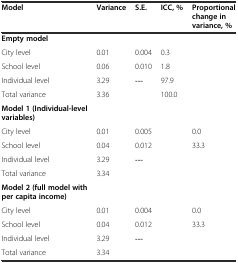
<table><thead><tr><td><b>Model</b></td><td><b>Variance</b></td><td><b>S.E.</b></td><td><b>ICC, %</b></td><td><b>Proportional change in variance, %</b></td></tr></thead><tbody><tr><td><b>Empty model</b></td><td></td><td></td><td></td><td></td></tr><tr><td>City level</td><td>0.01</td><td>0.004</td><td>0.3</td><td></td></tr><tr><td>School level</td><td>0.06</td><td>0.010</td><td>1.8</td><td></td></tr><tr><td>Individual level</td><td>3.29</td><td>---</td><td>97.9</td><td></td></tr><tr><td>Total variance</td><td>3.36</td><td></td><td>100.0</td><td></td></tr><tr><td><b>Model 1 (Individual-level variables)</b></td><td></td><td></td><td></td><td></td></tr><tr><td>City level</td><td>0.01</td><td>0.005</td><td></td><td>0.0</td></tr><tr><td>School level</td><td>0.04</td><td>0.012</td><td></td><td>33.3</td></tr><tr><td>Individual level</td><td>3.29</td><td>---</td><td></td><td></td></tr><tr><td>Total variance</td><td>3.34</td><td></td><td></td><td></td></tr><tr><td><b>Model 2 (full model with per capita income)</b></td><td></td><td></td><td></td><td></td></tr><tr><td>City level</td><td>0.01</td><td>0.004</td><td></td><td>0.0</td></tr><tr><td>School level</td><td>0.04</td><td>0.012</td><td></td><td>33.3</td></tr><tr><td>Individual level</td><td>3.29</td><td>---</td><td></td><td></td></tr><tr><td>Total variance</td><td>3.34</td><td></td><td></td><td></td></tr></tbody></table>